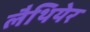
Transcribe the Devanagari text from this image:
लैथियेर